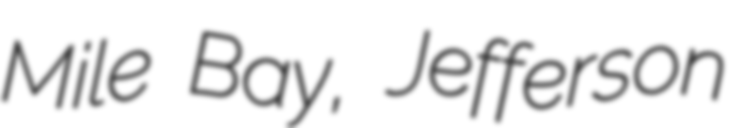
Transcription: Mile Bay, Jefferson